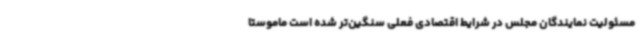
مسئولیت نمایندگان مجلس در شرایط اقتصادی فعلی سنگین‌تر شده است ماموستا